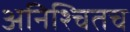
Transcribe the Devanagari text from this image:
अनिश्चितच